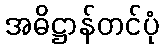
အဓိဋ္ဌာန်တင်ပုံ